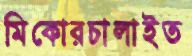
মিকোরচালাইত